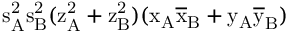
\mathrm { s _ { A } ^ { 2 } \mathrm { s _ { B } ^ { 2 } ( \mathrm { z _ { A } ^ { 2 } + \mathrm { z _ { B } ^ { 2 } ) ( \mathrm { x _ { A } \mathrm { \overline { { x } } _ { B } + \mathrm { y _ { A } \mathrm { \overline { { y } } _ { B } ) } } } } } } } }